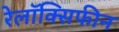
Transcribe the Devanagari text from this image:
रेलॉक्सिफीन